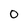
Character: O